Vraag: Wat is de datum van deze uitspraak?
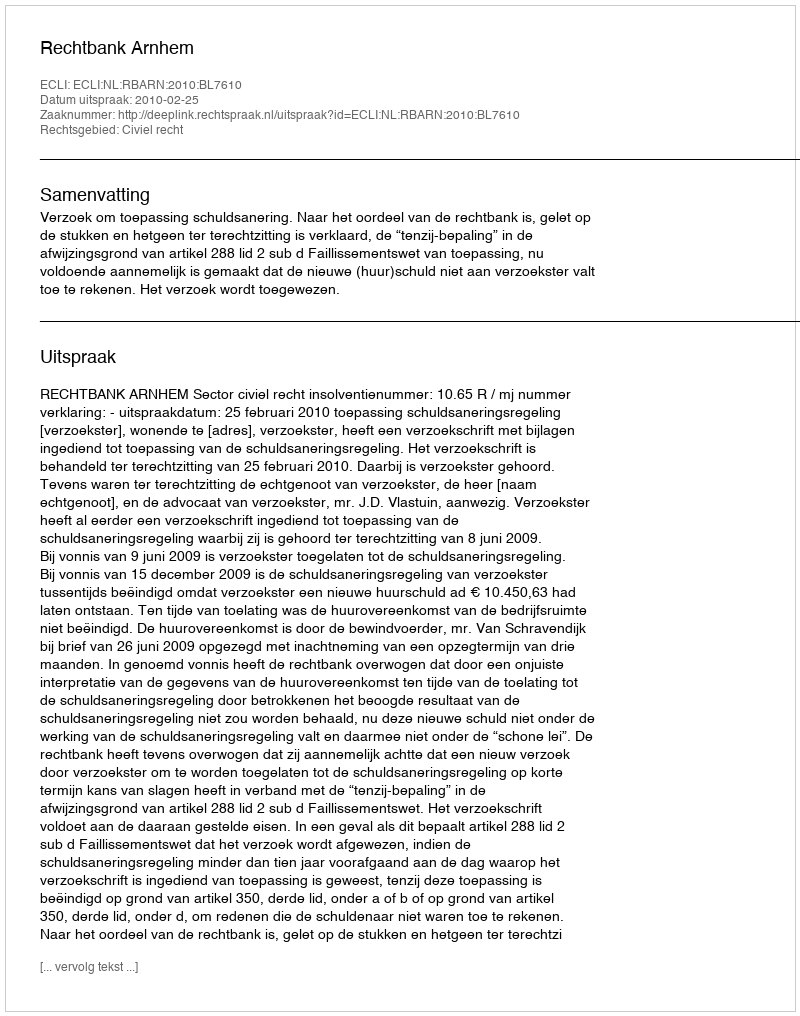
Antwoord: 2010-02-25